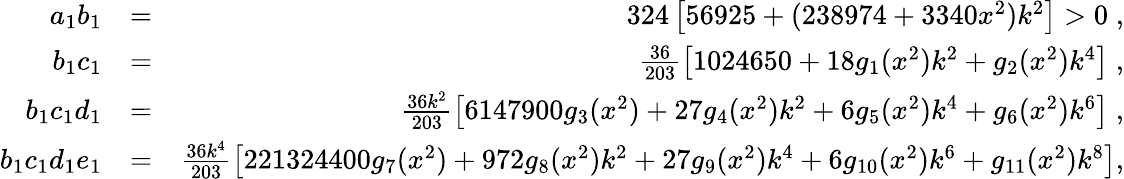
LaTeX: \begin{array}{rlr}{a_{1}b_{1}}&{=}&{324\left[56925+(238974+3340x^{2})k^{2}\right]>0\; ,}\\ {b_{1}c_{1}}&{=}&{\frac{36}{203}\left[1024650+18g_{1}(x^{2})k^{2}+g_{2}(x^{2})k^{4}\right]\; ,}\\ {b_{1}c_{1}d_{1}}&{=}&{\frac{36k^{2}}{203}\left[6147900g_{3}(x^{2})+27g_{4}(x^{2})k^{2}+6g_{5}(x^{2})k^{4}+g_{6}(x^{2})k^{6}\right]\; ,}\\ {b_{1}c_{1}d_{1}e_{1}}&{=}&{\frac{36k^{4}}{203}\left[221324400g_{7}(x^{2})+972g_{8}(x^{2})k^{2}+27g_{9}(x^{2})k^{4}+6g_{10}(x^{2})k^{6}+g_{11}(x^{2})k^{8}\right],}\end{array}